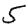
Digit: 5